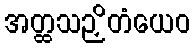
အတ္ထသဉှိတံယေဝ